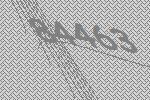
84463